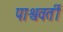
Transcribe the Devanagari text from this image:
पाश्ववर्ती